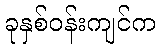
ခုနှစ်ဝန်းကျင်က